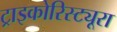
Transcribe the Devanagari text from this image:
ट्राइकोरिस्ट्यूरा